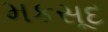
મકસૂદ